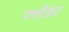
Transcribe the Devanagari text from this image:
फ्लँडर